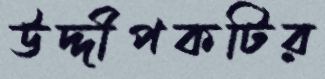
উদ্দীপকটির